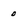
Character: o